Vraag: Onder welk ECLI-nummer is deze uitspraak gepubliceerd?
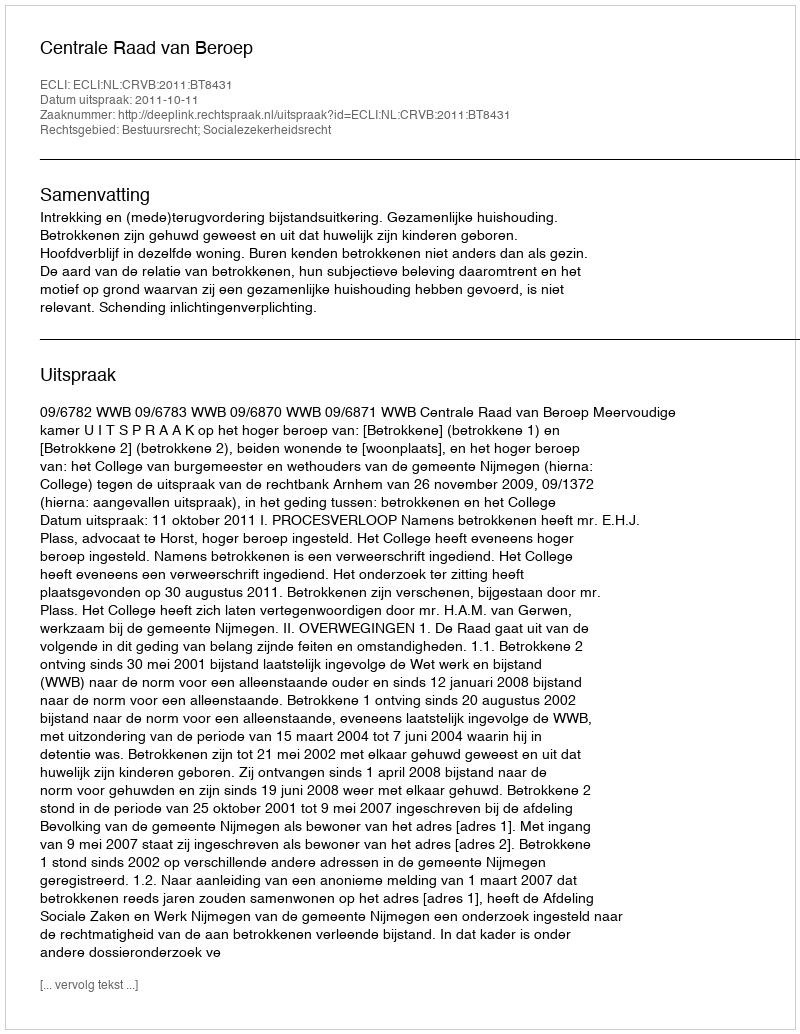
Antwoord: ECLI:NL:CRVB:2011:BT8431